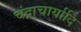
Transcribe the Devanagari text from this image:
चंद्राचार्यादि